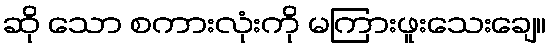
ဆို သော စကားလုံးကို မကြားဖူးသေးချေ။